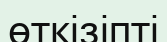
өткізіпті